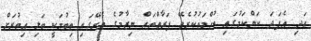
އަދި އެފަދަ ކަންކަމުގައި ތުހްމަތުކުރެވޭ ފަރާތްތައް ނިޒާމުގެ ތެރޭގައި ތިބުމަކީ ބަލި އިތުރަށް